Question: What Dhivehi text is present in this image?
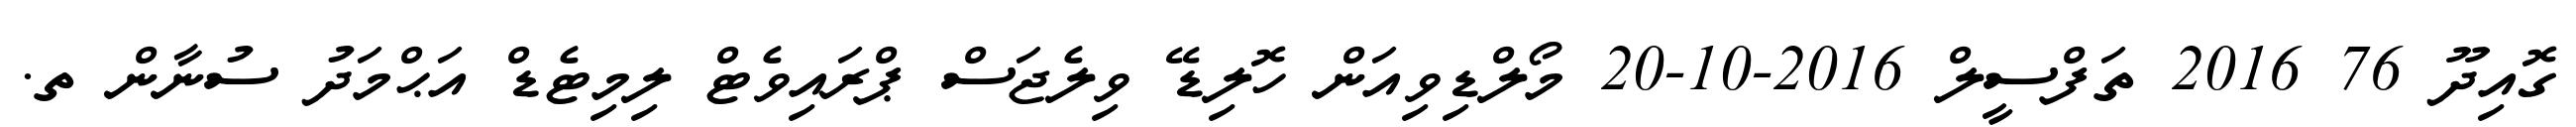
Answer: ގޮއިދޫ 76 2016 ތަފްސީލް 2016-10-20 މޯލްޑިވިއަން ހޮލިޑޭ ވިލެޖަސް ޕްރައިވެޓް ލިމިޓެޑް އަޙްމަދު ސުނާން ތ.